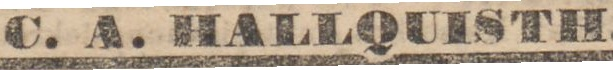
C. A. HALLQUISTH.